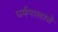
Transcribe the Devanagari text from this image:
धर्मपालाचे